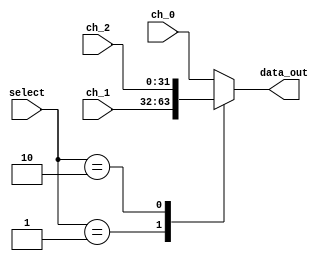
`timescale 1ns / 1ps

module Mux_3x1_b #(parameter W=32)
(
//Input Signals
input wire [1:0] select,
input wire [W-1:0] ch_0,
input wire [W-1:0] ch_1,
input wire [W-1:0] ch_2,
//Output Signals
output reg [W-1:0] data_out
);
    always @*
        begin
            case(select)
                2'b00: data_out <= ch_0;
                2'b01: data_out <= ch_1;
                2'b10: data_out <= ch_2;
                default : data_out <= ch_0;
            endcase
        end
endmodule